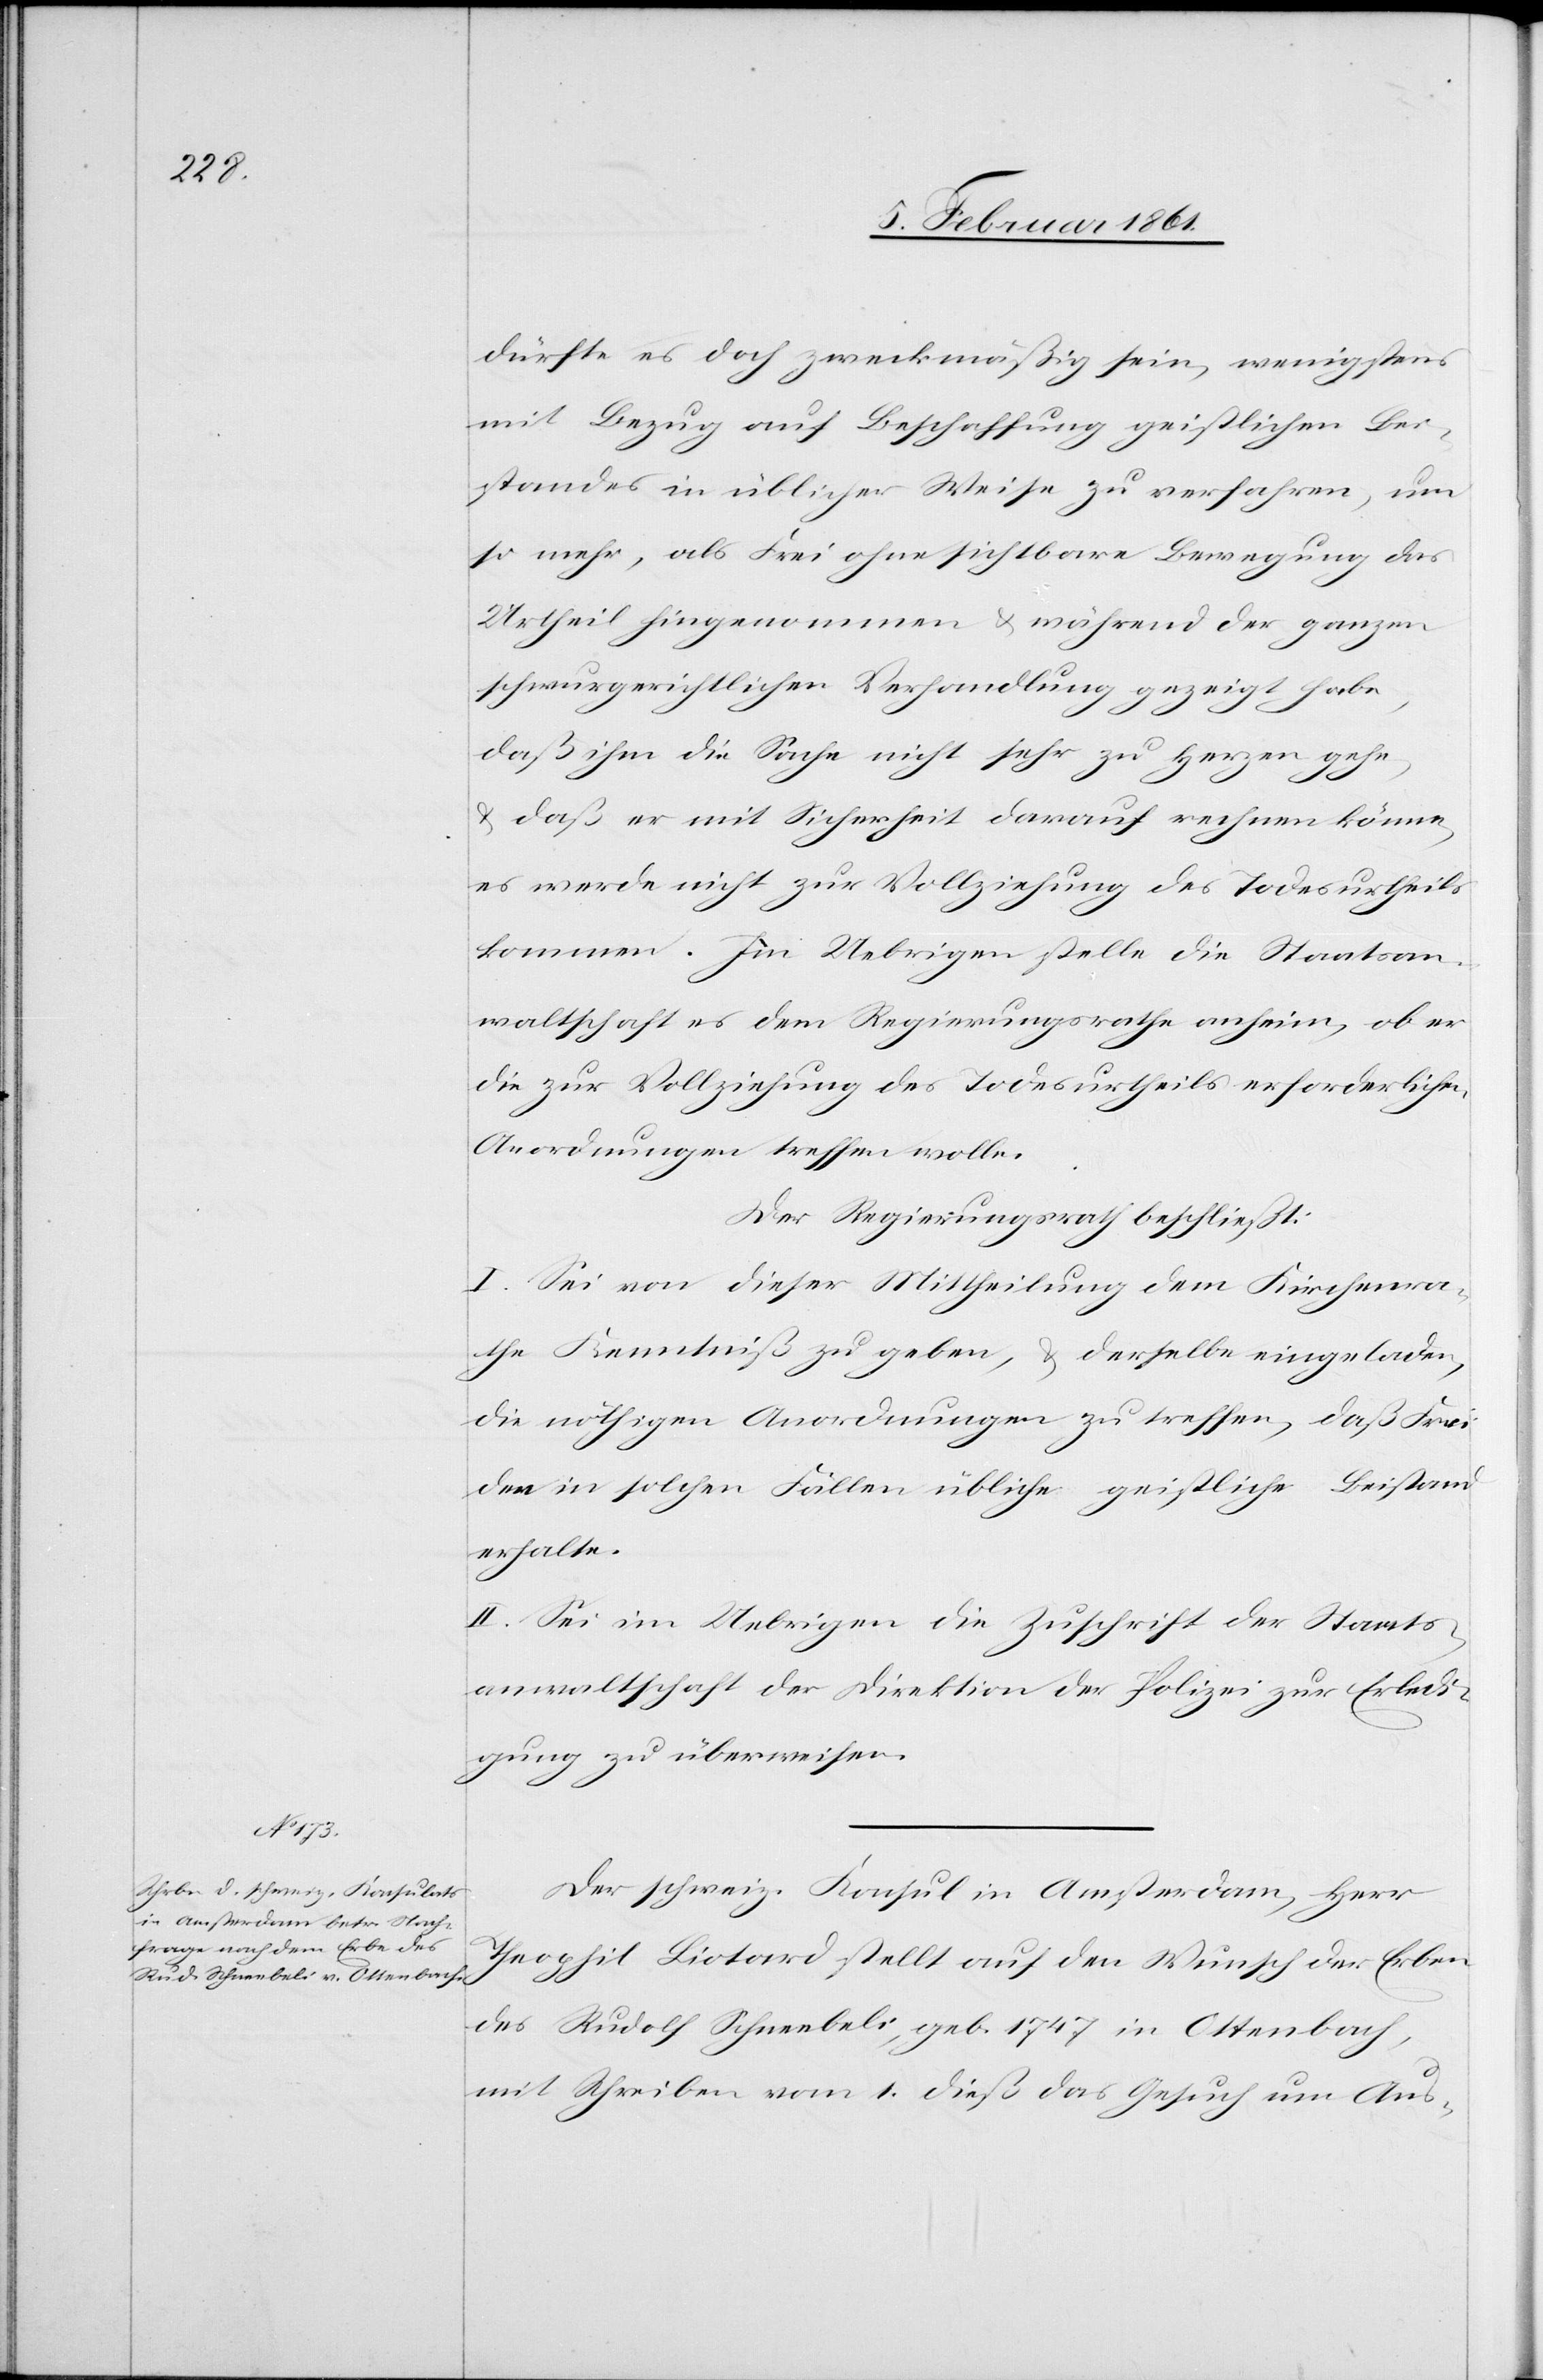
dürfte es doch zweckmäßig sein, wenigstens
mit Bezug auf Beschaffung geistlichen Bei¬
standes in üblicher Weise zu verfahren, um
so mehr, als Frei ohne sichtbare Bewegung das
Urtheil hingenommen u. während der ganzen
schwurgerichtlichen Verhandlung gezeigt habe,
daß ihm die Sache nicht sehr zu Herzen gehe,
u. daß er mit Sicherheit darauf rechnen könne,
es werde nicht zur Vollziehung des Todesurtheils
kommen. Im Uebrigen stelle die Staatsan¬
waltschaft es dem Regierungsrathe anheim, ob er
die zur Vollziehung des Todesurtheils erforderlichen
Anordnungen treffen wolle.
Der Regierungsrath beschließt:
I. Sei von dieser Mittheilung dem Kirchenra¬
the Kenntniss zu geben, u. derselbe eingeladen,
die nöthigen Anordnungen zu treffen, daß Frei
den in solchen Fällen übliche geistliche Beistand
erhalte.
II. Sei im Uebrigen die Zuschrift der Staats¬
anwaltschaft der Direktion der Polizei zur Erledi¬
gung zu überweisen.
Der schweiz. Konsul in Amsterdam, Herr
Theophil Liotard stellt auf den Wunsch der Erben
des Rudolf Schneebeli, geb. 1747 in Ottenbach,
mit Schreiben vom 1. dieß das Gesuch um Aus-